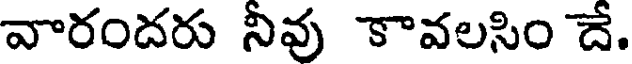
వారందరు నీవు కావలసిం దే.